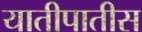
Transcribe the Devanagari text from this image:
यातीपातीस